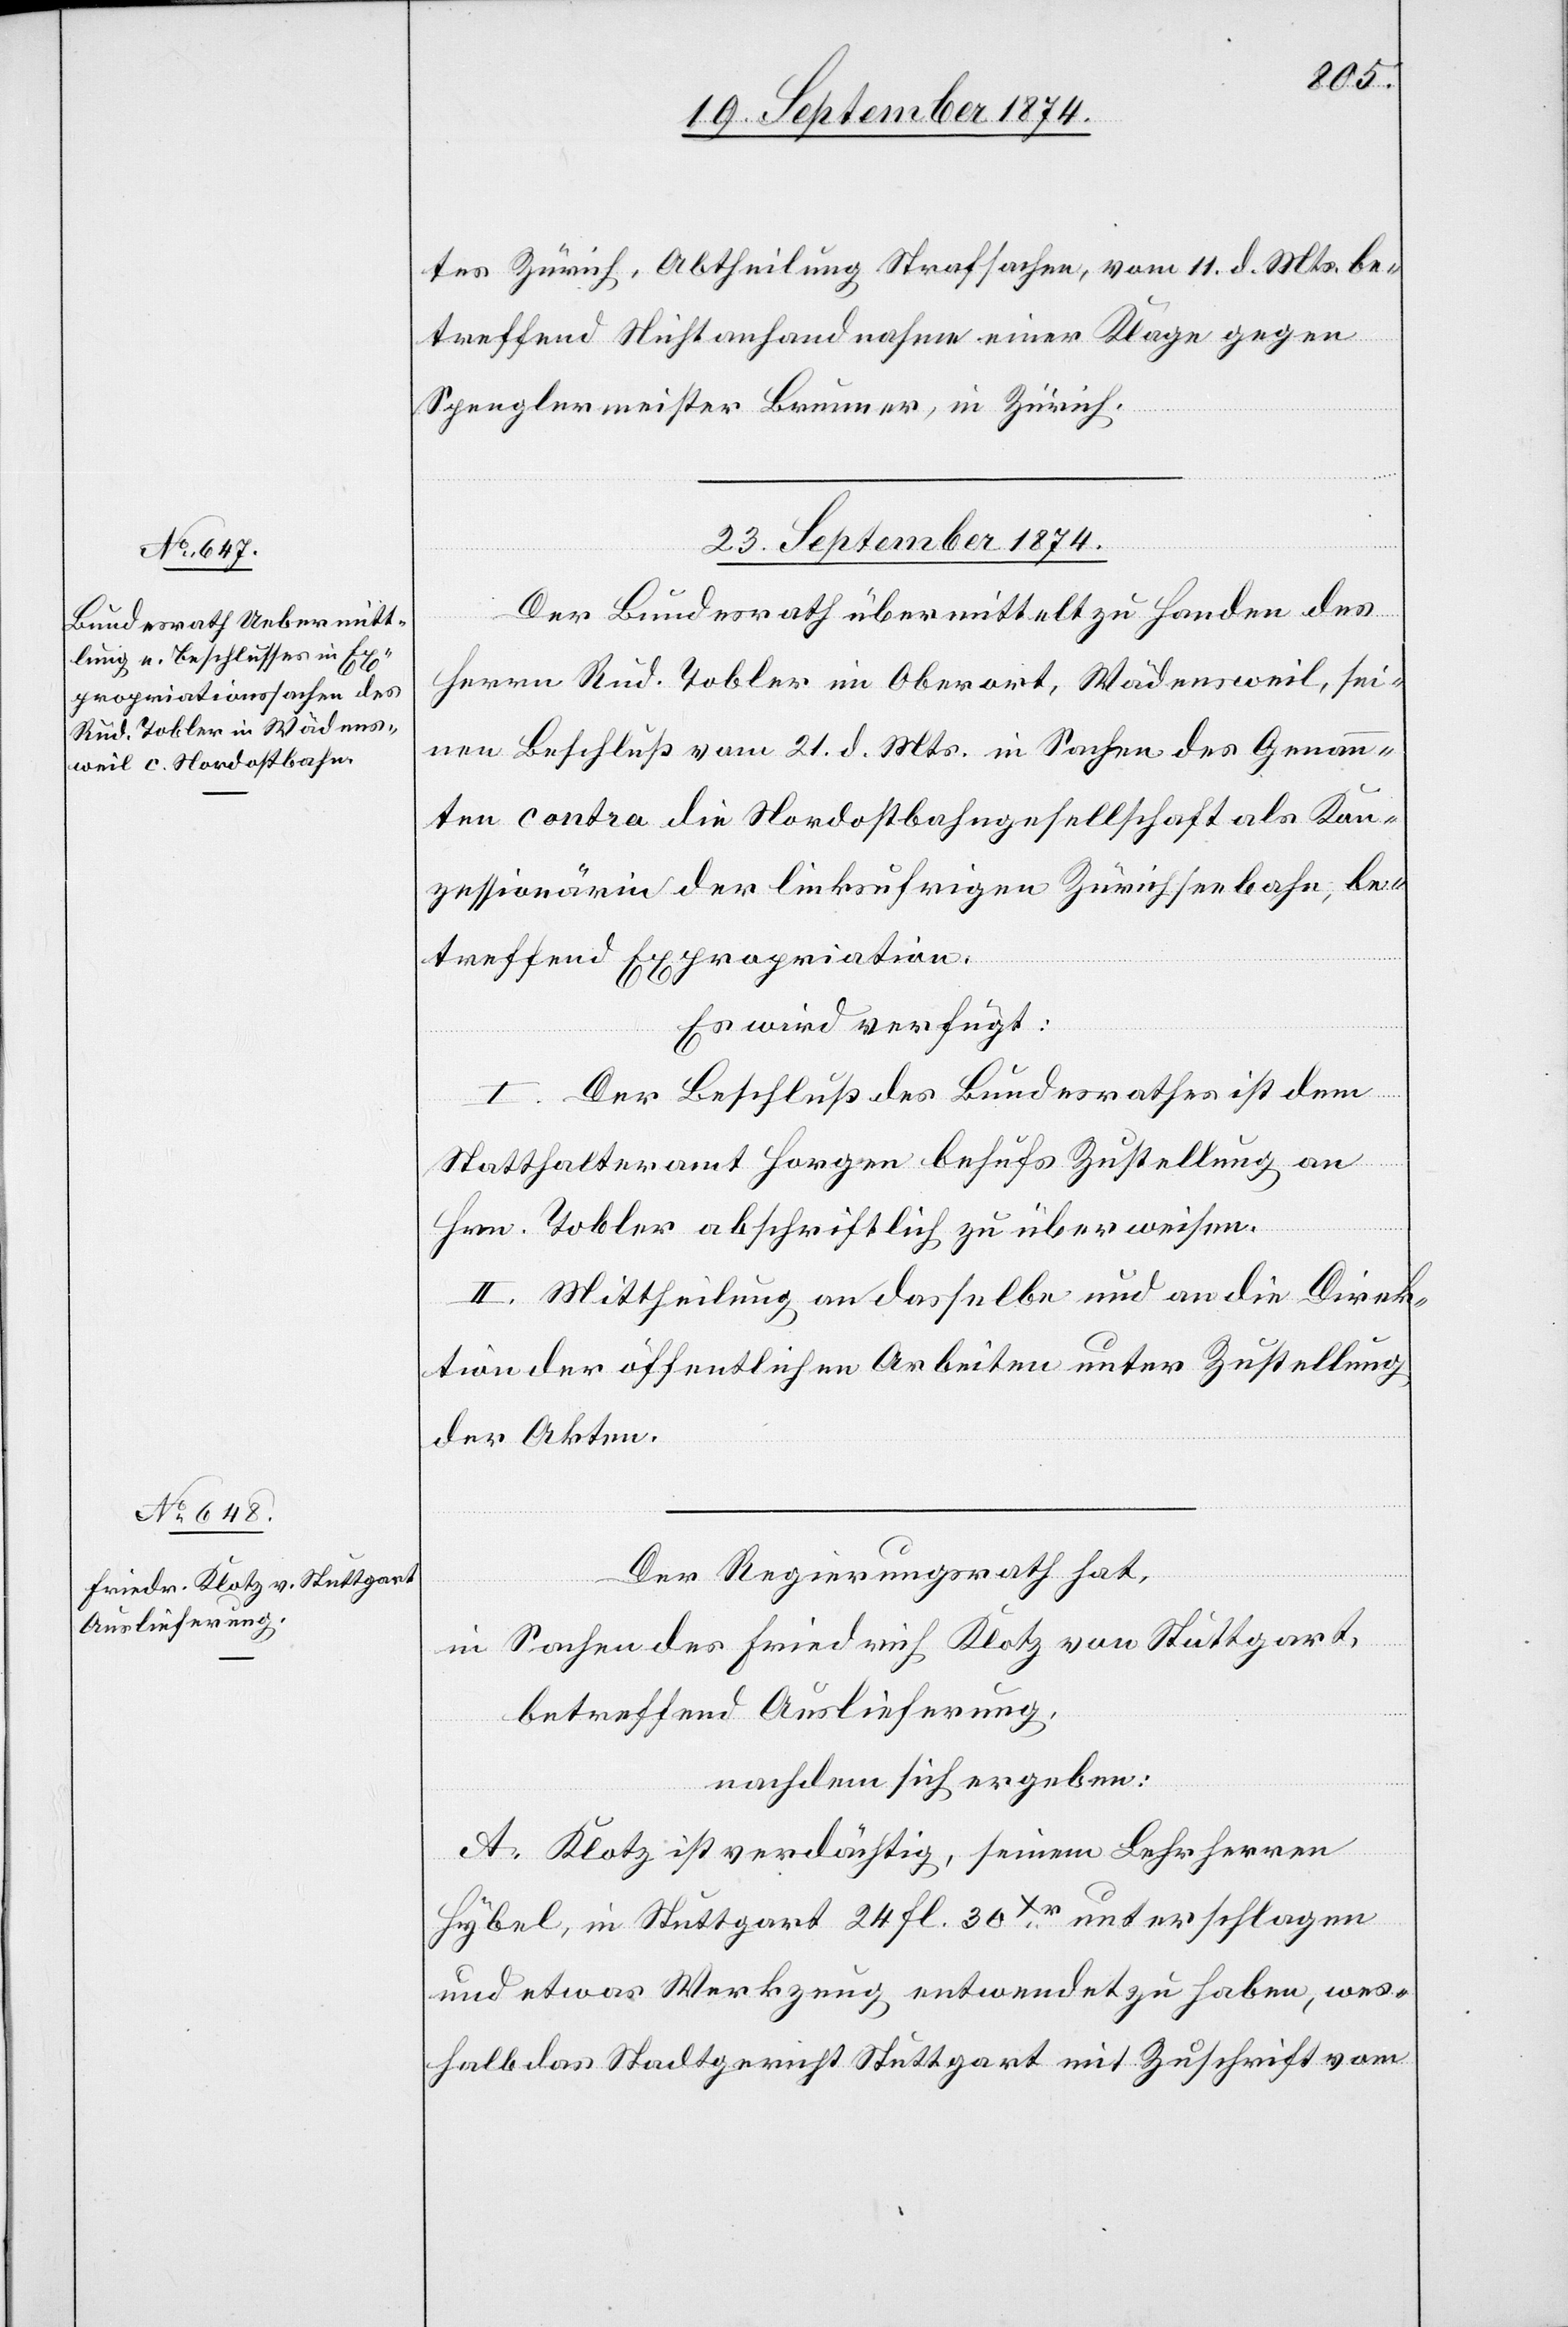
tes Zürich, Abtheilung Strafsachen, vom 11. d. Mts. be¬
treffend Nichtanhandnahme einer Klage gegen
Spenglermeister Brunner, in Zürich.
23. September 1874.]
Der Bundesrath übermittelt zu Handen des
Herrn Rud. Tobler im Oberort, Wädensweil, sei¬
nen Beschluß vom 21. d. Mts. in Sachen des Genann¬
ten contra die Nordostbahngesellschaft als Kon¬
zessionärin der linksufrigen Zürichseebahn, be¬
treffend Expropriation.
Es wird verfügt:
I. Der Beschluß des Bundesrathes ist dem
Statthalteramt Horgen behufs Zustellung an
Hrn. Tobler abschriftlich zu überweisen.
II. Mittheilung an dasselbe und an die Direk¬
tion der öffentlichen Arbeiten unter Zustellung
der Akten.
Der Regierungsrath hat,
in Sachen des Friedrich Klotz von Stuttgart,
betreffend Auslieferung,
nachdem sich ergeben:
A. Klotz ist verdächtigt, seinem Lehrherren
Hybel, in Stuttgart 24 fl. 30 Xr. unterschlagen
und etwas Werkzeug entwendet zu haben, wes¬
halb das Stadtgericht Stuttgart mit Zuschrift vom